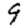
Digit: 9